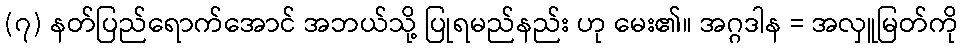
(၇) နတ်ပြည်ရောက်အောင် အဘယ်သို့ ပြုရမည်နည်း ဟု မေး၏။ အဂ္ဂဒါန = အလှူမြတ်ကို